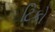
ટિકો